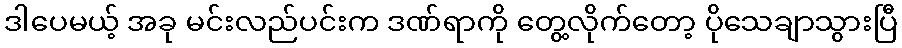
ဒါပေမယ့် အခု မင်းလည်ပင်းက ဒဏ်ရာကို တွေ့လိုက်တော့ ပိုသေချာသွားပြီ